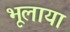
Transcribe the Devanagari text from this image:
भूलाया